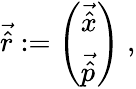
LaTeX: \begin{array}{r}{\vec{\hat{r}}:=\left(\begin{array}{l}{\vec{\hat{x}}}\\ {\vec{\hat{p}}}\end{array}\right)\; ,}\end{array}